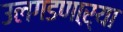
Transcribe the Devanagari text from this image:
उलगडणाऱ्या